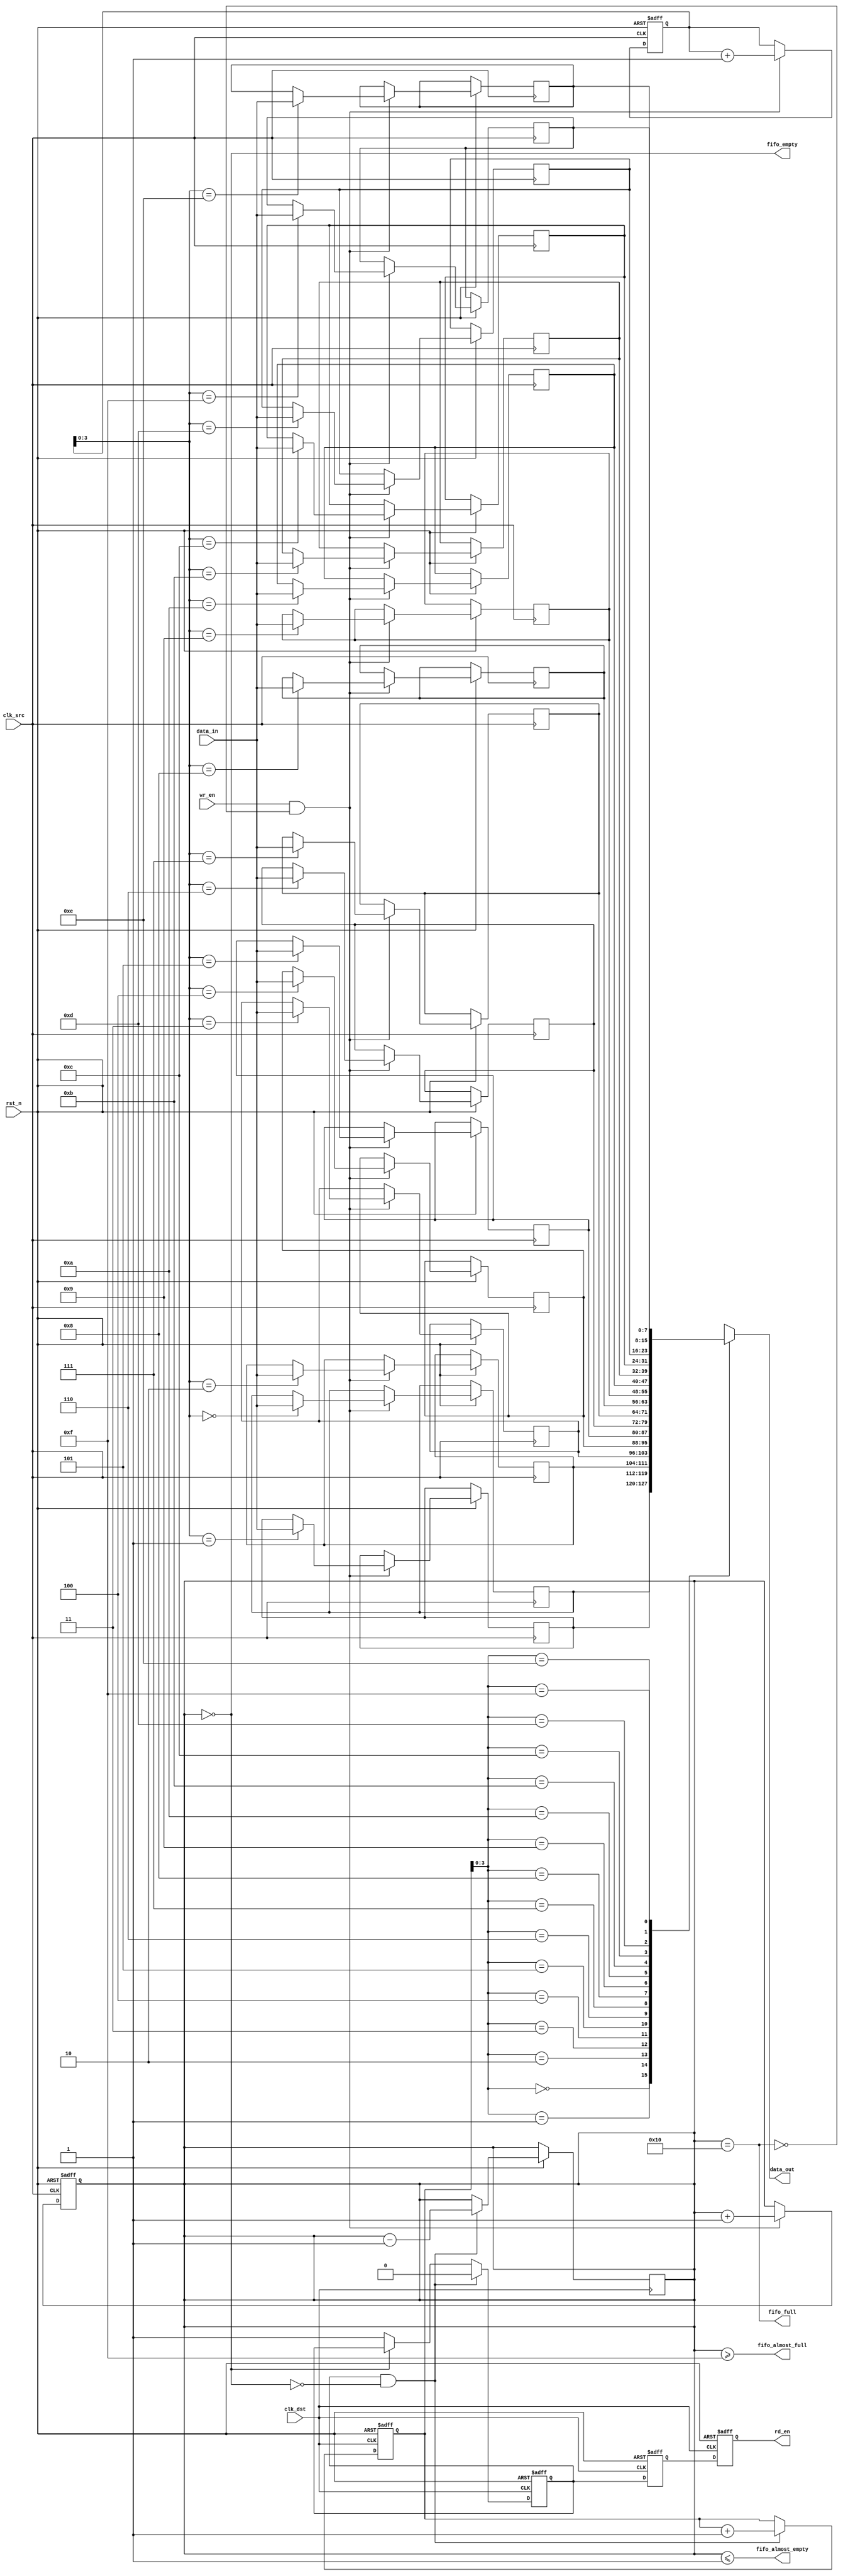
module fifo_synchronizer #(
    parameter DATA_WIDTH = 8,
    parameter FIFO_DEPTH = 16
)(
    input wire clk_src,          // Source clock
    input wire clk_dst,          // Destination clock
    input wire rst_n,            // Active low reset
    input wire wr_en,            // Write enable from source domain
    input wire [DATA_WIDTH-1:0] data_in, // Data input from source domain
    output wire rd_en,           // Read enable to destination domain
    output wire [DATA_WIDTH-1:0] data_out, // Data output to destination domain
    output wire fifo_full,       // FIFO full status
    output wire fifo_empty,      // FIFO empty status
    output wire fifo_almost_full, // FIFO almost full status
    output wire fifo_almost_empty // FIFO almost empty status
);

// FIFO memory
reg [DATA_WIDTH-1:0] fifo_mem [0:FIFO_DEPTH-1];
reg [4:0] wr_ptr; // Write pointer
reg [4:0] rd_ptr; // Read pointer
reg [4:0] fifo_count; // Number of items in FIFO

// Write Control Logic
always @(posedge clk_src or negedge rst_n) begin
    if (!rst_n) begin
        wr_ptr <= 0;
        fifo_count <= 0;
    end else if (wr_en && !fifo_full) begin
        fifo_mem[wr_ptr] <= data_in;
        wr_ptr <= wr_ptr + 1;
        fifo_count <= fifo_count + 1;
    end
end

// Read Control Logic
reg rd_en_reg;
always @(posedge clk_dst or negedge rst_n) begin
    if (!rst_n) begin
        rd_ptr <= 0;
        rd_en_reg <= 0;
    end else if (rd_en_reg && !fifo_empty) begin
        rd_en_reg <= 0; // Deassert read enable after reading
        rd_ptr <= rd_ptr + 1;
        fifo_count <= fifo_count - 1;
    end else if (!fifo_empty) begin
        rd_en_reg <= 1; // Assert read enable if FIFO is not empty
    end
end

// Output data
assign data_out = fifo_mem[rd_ptr];

// FIFO status signals
assign fifo_full = (fifo_count == FIFO_DEPTH);
assign fifo_empty = (fifo_count == 0);
assign fifo_almost_full = (fifo_count >= FIFO_DEPTH - 1);
assign fifo_almost_empty = (fifo_count <= 1);

// Synchronization of control signals
reg rd_en_sync1, rd_en_sync2;
always @(posedge clk_dst or negedge rst_n) begin
    if (!rst_n) begin
        rd_en_sync1 <= 0;
        rd_en_sync2 <= 0;
    end else begin
        rd_en_sync1 <= rd_en_reg;
        rd_en_sync2 <= rd_en_sync1;
    end
end

assign rd_en = rd_en_sync2;

endmodule